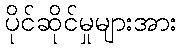
ပိုင်ဆိုင်မှုများအား